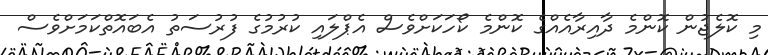
މި ކޮލެޖުން ކޮންމެ ދާއިރާއެއްގެ ކޮންމެ ކޯހަކަށްވެސް އެޕްލައި ކުރުމުގެ ފުރުސަތު އެބައޮތްކަމަށްވެސް